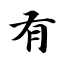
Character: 有